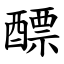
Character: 醥